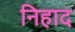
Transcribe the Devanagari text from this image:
निहाद